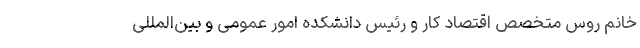
خانم روس متخصص اقتصاد کار و رئیس دانشکده امور عمومی و بین‌المللی